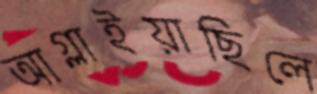
আগ্‌লাইয়াছিলে